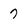
Character: 7